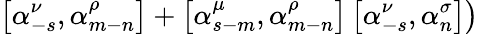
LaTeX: \left.\left[{\alpha}_{-s}^{\nu},{\alpha}_{m-n}^{\rho}\right]+\left[{\alpha}_{s-m}^{\mu},{\alpha}_{m-n}^{\rho}\right]\left[{\alpha}_{-s}^{\nu},{\alpha}_{n}^{\sigma}\right]\right)